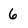
Character: 6